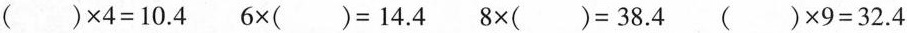
$$( ) \times 4 = 1 0 . 4$$ $$6 \times ( ) = 1 4 . 4$$ $$8 \times ( ) = 3 8 . 4$$ $$( ) \times 9 = 3 2 . 4$$